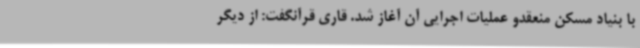
با بنیاد مسکن منعقدو عملیات اجرایی آن آغاز شد. قاری قرآنگفت: از دیگر